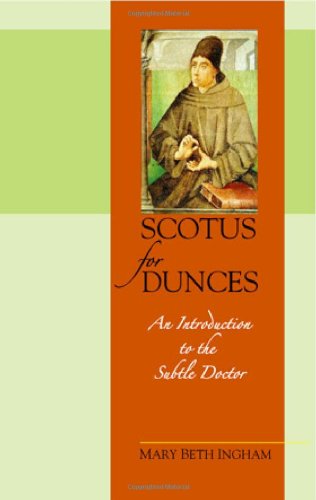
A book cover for Scotus for Dunces: An Introduction to the Subtle Doctor; Mary Beth Ingham; Politics & Social Sciences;